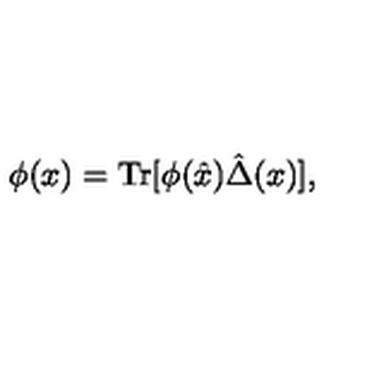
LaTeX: \phi ( x ) = \mathrm { T r } [ \phi ( \hat { x } ) \hat { \Delta } ( x ) ] ,